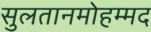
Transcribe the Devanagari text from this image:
सुलतानमोहम्मद